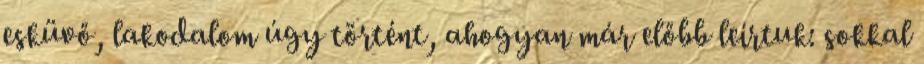
esküvő, lakodalom úgy történt, ahogyan már előbb leírtuk: sokkal